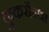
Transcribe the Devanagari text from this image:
कुकरौन्धा